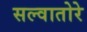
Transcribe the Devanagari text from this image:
सल्वातोरे